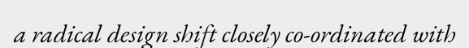
a radical design shift closely co-ordinated with